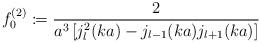
LaTeX: \begin{align*}\begin{aligned}f_{0}^{(2)} \coloneqq \frac{2}{a^3 \left[j_l^2(k a)-j_{l-1}(k a) j_{l+1}(k a)\right]}\end{aligned}\end{align*}